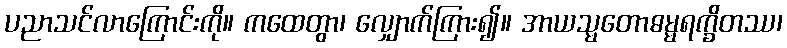
ပညာသင်လာကြောင်းကို။ ကထေတွာ၊ လျှောက်ကြား၍။ အာယသ္မတောဓမ္မရက္ခိတဿ၊